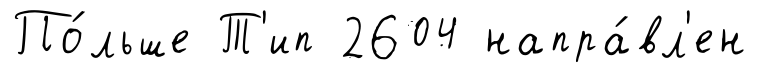
По́льше Т'ип 2604 напра́вл'ен